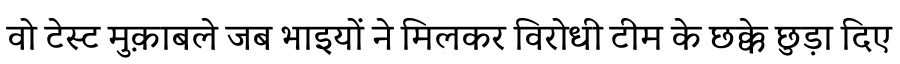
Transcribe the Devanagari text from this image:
वो टेस्ट मुक़ाबले जब भाइयों ने मिलकर विरोधी टीम के छक्के छुड़ा दिए